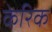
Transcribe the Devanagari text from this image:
केरिक